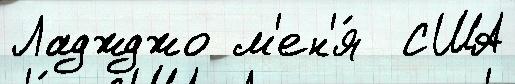
Ладжджо м'ен'я́  США